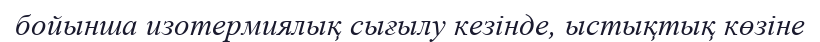
бойынша изотермиялық сығылу кезінде, ыстықтық көзіне